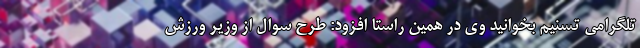
تلگرامی تسنیم بخوانید وی در همین راستا افزود: طرح سوال از وزیر ورزش